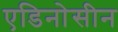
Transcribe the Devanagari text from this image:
एडिनोसीन